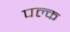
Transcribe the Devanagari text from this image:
पल्क